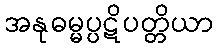
အနုဓမ္မပ္ပဋိပတ္တိယာ